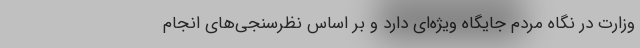
وزارت در نگاه مردم جایگاه ویژه‌ای دارد و بر اساس نظرسنجی‌های انجام